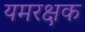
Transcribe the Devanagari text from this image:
यमरक्षक